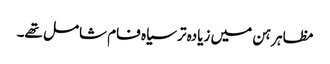
مظاہرہن میں زیادہ تر سیاہ فام شامل تھے۔